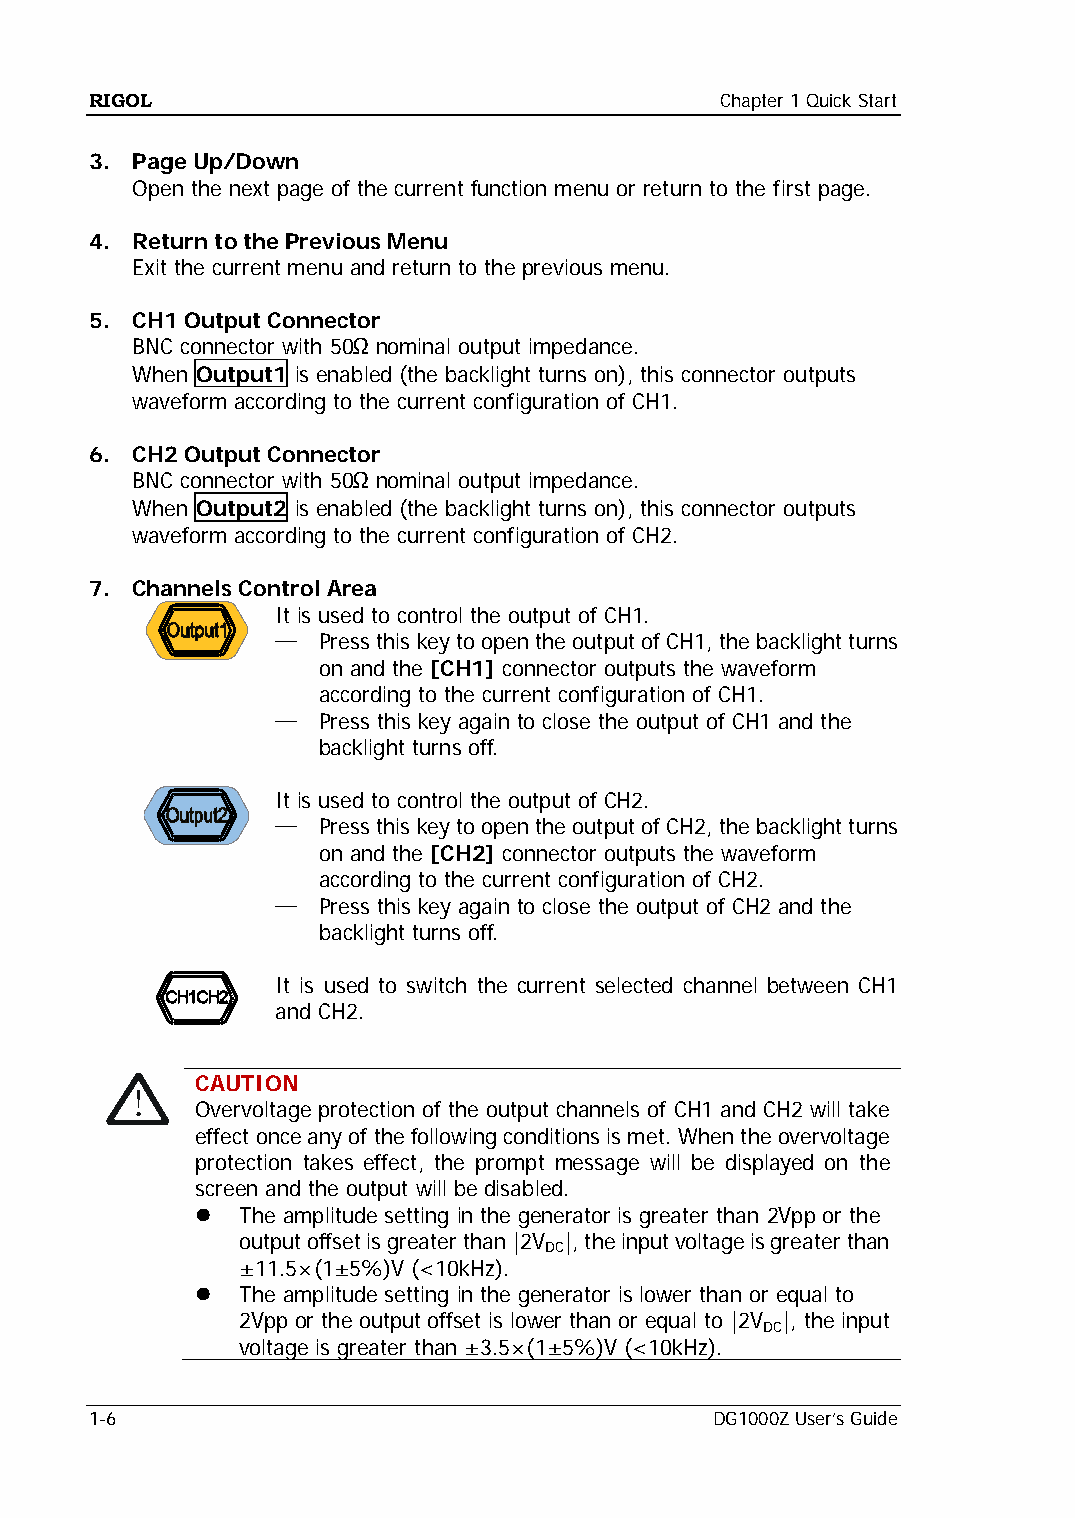
RIGOL                                     Chapter 1 Quick Start
 3. Page Up/Down
 Open the next page of the current function menu or return to the first page.
 4. Return to the Previous Menu
 Exit the current menu and return to the previous menu.
 5. CH1 Output Connector
 BNC connector with 50Ω nominal output impedance.
 When Output1 is enabled (the backlight turns on), this connector outputs
 waveform according to the current configuration of CH1.
 6. CH2 Output Connector
 BNC connector with 50Ω nominal output impedance.
 When Output2 is enabled (the backlight turns on), this connector outputs
 waveform according to the current configuration of CH2.
 7. Channels Control Area
 It is used to control the output of CH1.
 —  Press this key to open the output of CH1, the backlight turns
 on and the [CH1] connector outputs the waveform
 according to the current configuration of CH1.
 —  Press this key again to close the output of CH1 and the
 backlight turns off.
 It is used to control the output of CH2.
 —  Press this key to open the output of CH2, the backlight turns
 on and the [CH2] connector outputs the waveform
 according to the current configuration of CH2.
 —  Press this key again to close the output of CH2 and the
 backlight turns off.
 It is used to switch the current selected channel between CH1
 and CH2.
 CAUTION
 Overvoltage protection of the output channels of CH1 and CH2 will take
 effect once any of the following conditions is met. When the overvoltage
 protection takes effect, the prompt message will be displayed on the
 screen and the output will be disabled.
   The amplitude setting in the generator is greater than 2Vpp or the
 output offset is greater than |2V |, the input voltage is greater than
 DC
 ±11.5×(1±5%)V (<10kHz).
   The amplitude setting in the generator is lower than or equal to
 2Vpp or the output offset is lower than or equal to |2V |, the input
 DC
 voltage is greater than ±3.5×(1±5%)V (<10kHz).
 1-6                                      DG1000Z User’s Guide